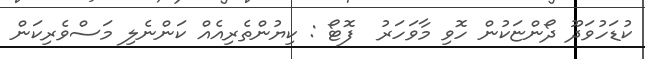
ކުޑަހުވަދޫ ދޯންޏަކުން ހޮވި މާވަހަރު  ފޮޓޯ : ކިޔުންތެރިއެއް ކަންނެލި މަސްވެރިކަން